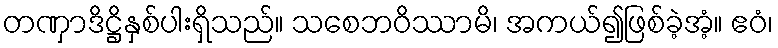
တဏှာဒိဋ္ဌိနှစ်ပါးရှိသည်။ သစေဘဝိဿာမိ၊ အကယ်၍ဖြစ်ခဲ့အံ့။ ဧဝံ၊